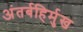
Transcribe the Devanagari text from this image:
अंतर्बहिर्मुख